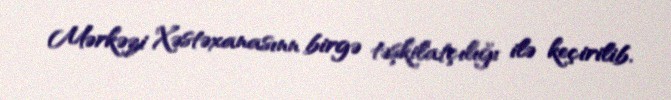
Mərkəzi Xəstəxanasınn birgə təşkilatçılığı ilə keçirilib.